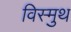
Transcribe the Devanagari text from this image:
विस्मुथ